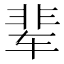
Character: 辈